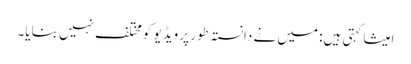
امیشا کہتی ہیں: میں نے دانستہ طور پر ویڈیو کومختلف نہیں بنایا۔